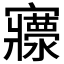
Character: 𡬄